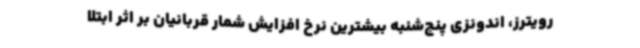
رویترز، اندونزی پنج‌شنبه بیشترین نرخ افزایش شمار قربانیان بر اثر ابتلا